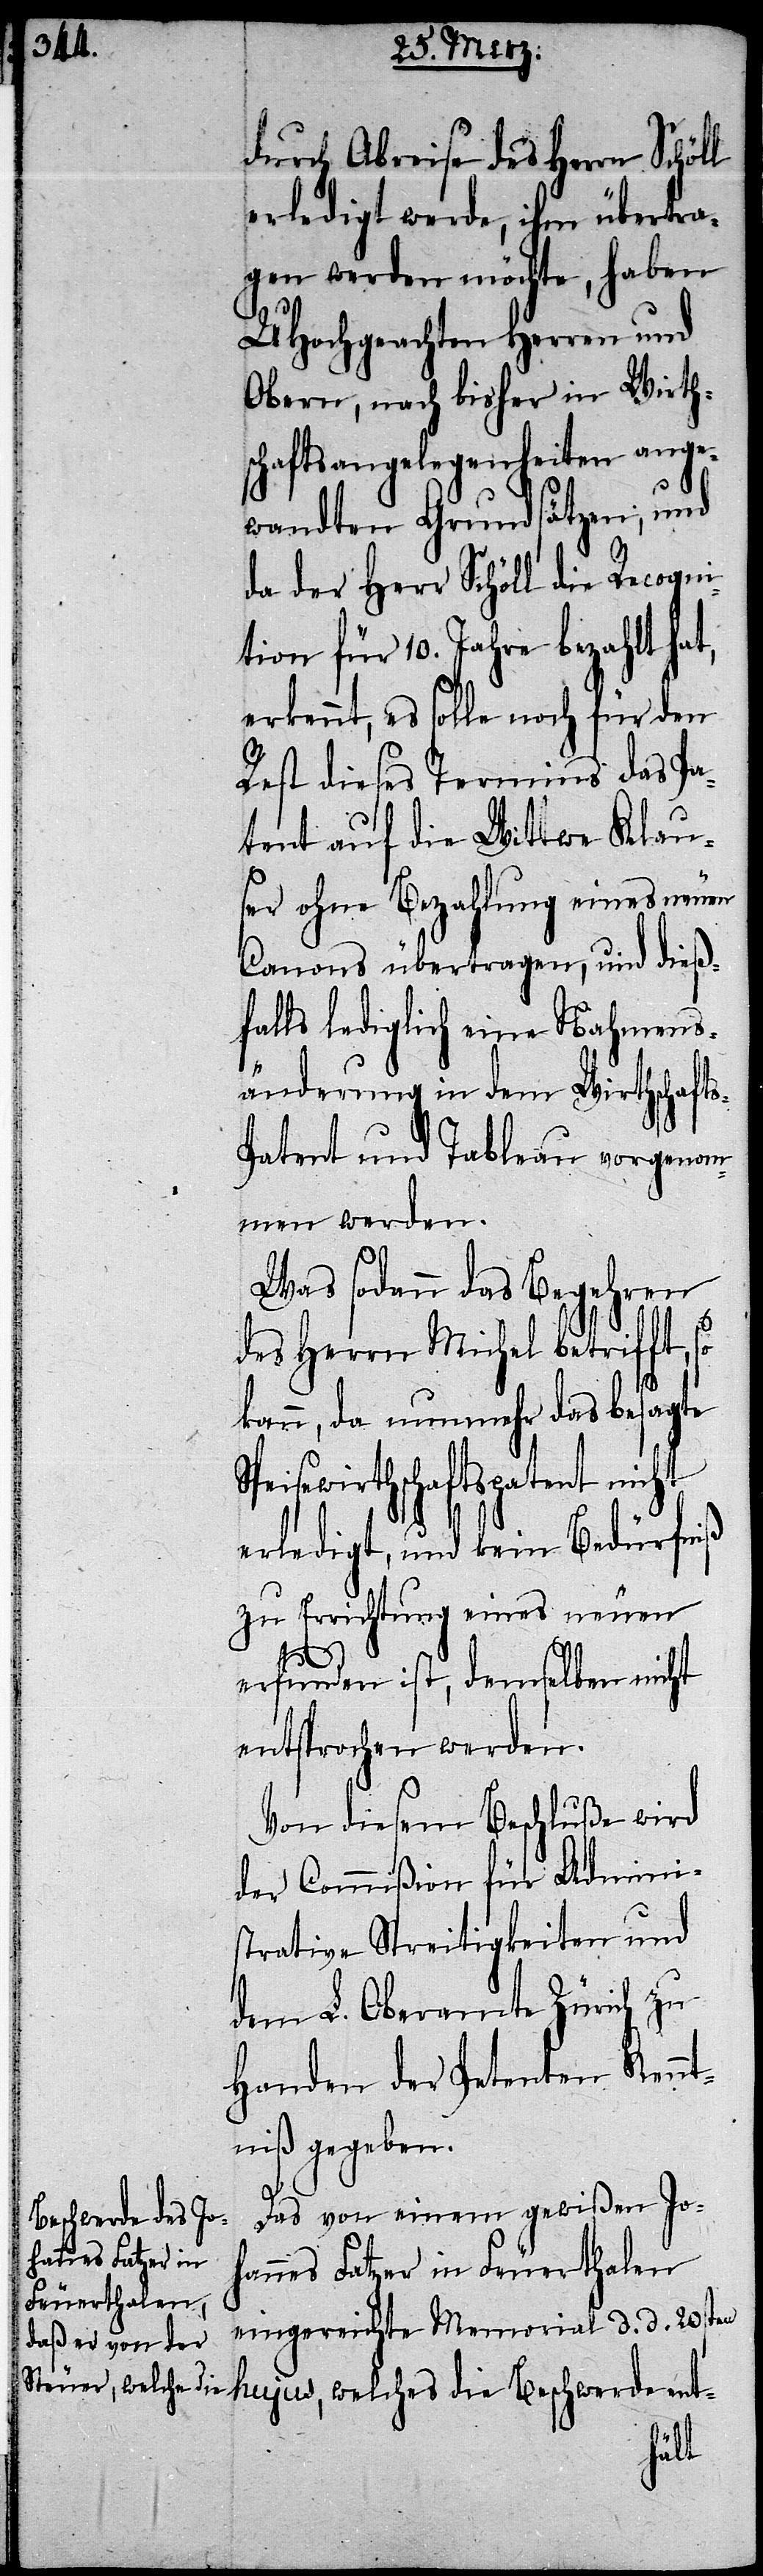
durch Abreise des Herrn Schöl¬
erledigt werde, ihm übertra¬
gen werden möchte, haben
UHochgeachten Herren und
Obern, nach bisher in Wirths¬
chaftsangelegenheiten ange¬
wandten Grundsätzen; und
da der Herr Schöll die Recogni¬
tion für 10. Jahre bezahlt hat,
erkennt, es solle noch für den
Rest dieses Termins das Pa¬
tent auf die Wittwe Klau¬
ser ohne Bezahlung eines neuen
Canons übertragen, und dieß¬
falls lediglich eine Nahmens¬
änderung in dem Wirthschaft¬
s-Patent und Tableau vorgenom¬
men werden.
Was sodann das Begehren
des Herrn Michel betrifft, so
kann, da nunmehr das besagte
sewirthschaftspatent nicht
erledigt, und kein Bedürfniß
zu Errichtung eines neuen
welches
erfunden ist, demselben nicht
entsprochen werden.
Von diesem Beschluße wird
der Commißion für Admini¬
strative Streitigkeiten und
dem L. Oberamte Zürich zu
Handen der Petenten Kennt¬
niß gegeben.
Das von einem gewißen Joh¬
Beschwerde ent-
annes Fatzer in Feuerthalen
eingereichte Memorial d. d. 20sten
hujus,